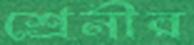
শ্রেনীর